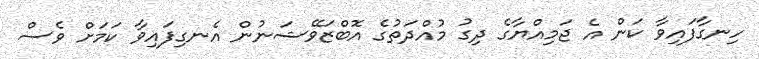
ހިނގާފައިވާ ކަން އެ ޖަމިއްޔާގެ ދިގު މުއްދަތުގެ އޮބްޒަވޭޝަނުން އެނގިފައިވާ ކަމަށް ވެސް